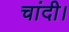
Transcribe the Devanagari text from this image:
चांदी।